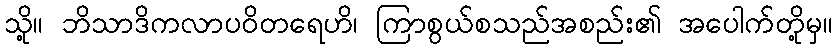
သို့။ ဘိသာဒိကလာပဝိတရေဟိ၊ ကြာစွယ်စသည်အစည်း၏ အပေါက်တို့မှ။